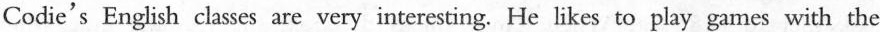
Codie's English classes are very interesting. He likes to play games with the